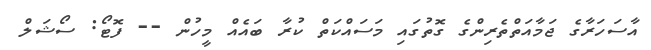
އާސަހަރާގެ ޖަމާއަތްތެރިންގެ ގޮތުގައި މަސައްކަތް ކުރާ ބައެއް މީހުން -- ފޮޓޯ: ސޯޝަލް